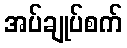
အပ်ချုပ်စက်